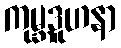
ကုမ္ဘဒူဟနာ